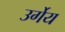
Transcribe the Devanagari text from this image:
उर्गेय